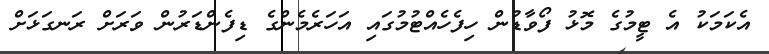
އެކަމަކު އެ ޓީމުގެ މޮޅު ފޯވާޑުން ހިފެހެއްޓުމުގައި އަހަރެމެންގެ ޑިފެންޑަރުން ވަރަށް ރަނގަޅަށް